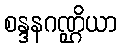
စန္ဒနဂဏ္ဌိယာ